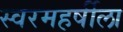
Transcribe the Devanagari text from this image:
स्वरमहर्षीला